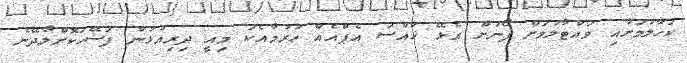
ކަހާލުމަށާއި ވައްޓާލުމަށް ފޯނަށް އެޅޭ ޚާއްސަ އެޕްއެއް ހުރުމާއެކު މިއީ ދިރިއުޅުން ފަސޭހަކޮށްލާދޭނެ